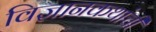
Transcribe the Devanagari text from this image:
विज्ञानकथांची